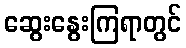
ဆွေးနွေးကြရာတွင်